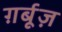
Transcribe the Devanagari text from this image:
ग़र्बूज़